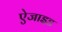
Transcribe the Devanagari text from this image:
ऐजाइड